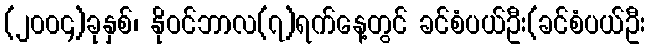
(၂၀၀၄)ခုနှစ်၊ နိုဝင်ဘာလ(၇)ရက်နေ့တွင် ခင်စံပယ်ဦး(ခင်စံပယ်ဦး